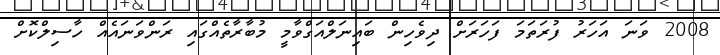
2008 ވަނަ އަހަރު ފުރަތަމަ ފަހަރަށް ދިވެހިން ބައިނަލްއަގްވާމީ މުބާރާތެއްގައި ރަންވަނައެއް ހާސިލްކޮށް